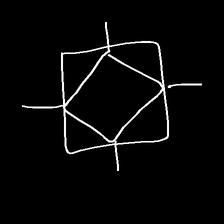
Glyph: light